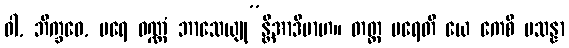
ဝါ, ဘိက္ခဝေ, ပရေ ဝဏ္ဏံ ဘာသေယျု”န္တိအာဒိမာဟ။ တတ္ထ ပရေတိ ယေ ကေစိ ပသန္နာ